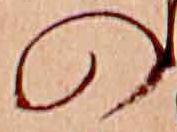
の